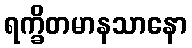
ရက္ခိတမာနသာနော